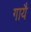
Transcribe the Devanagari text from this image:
गायै